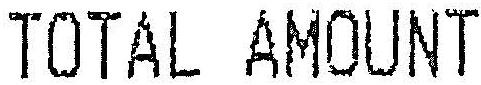
TOTAL AMOUNT